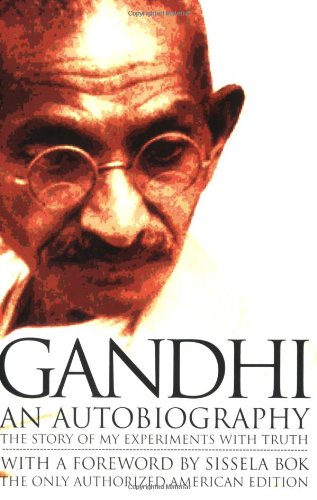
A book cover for Gandhi: An Autobiography - The Story of My Experiments With Truth; Mohandas Karamchand (Mahatma) Gandhi; Biographies & Memoirs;